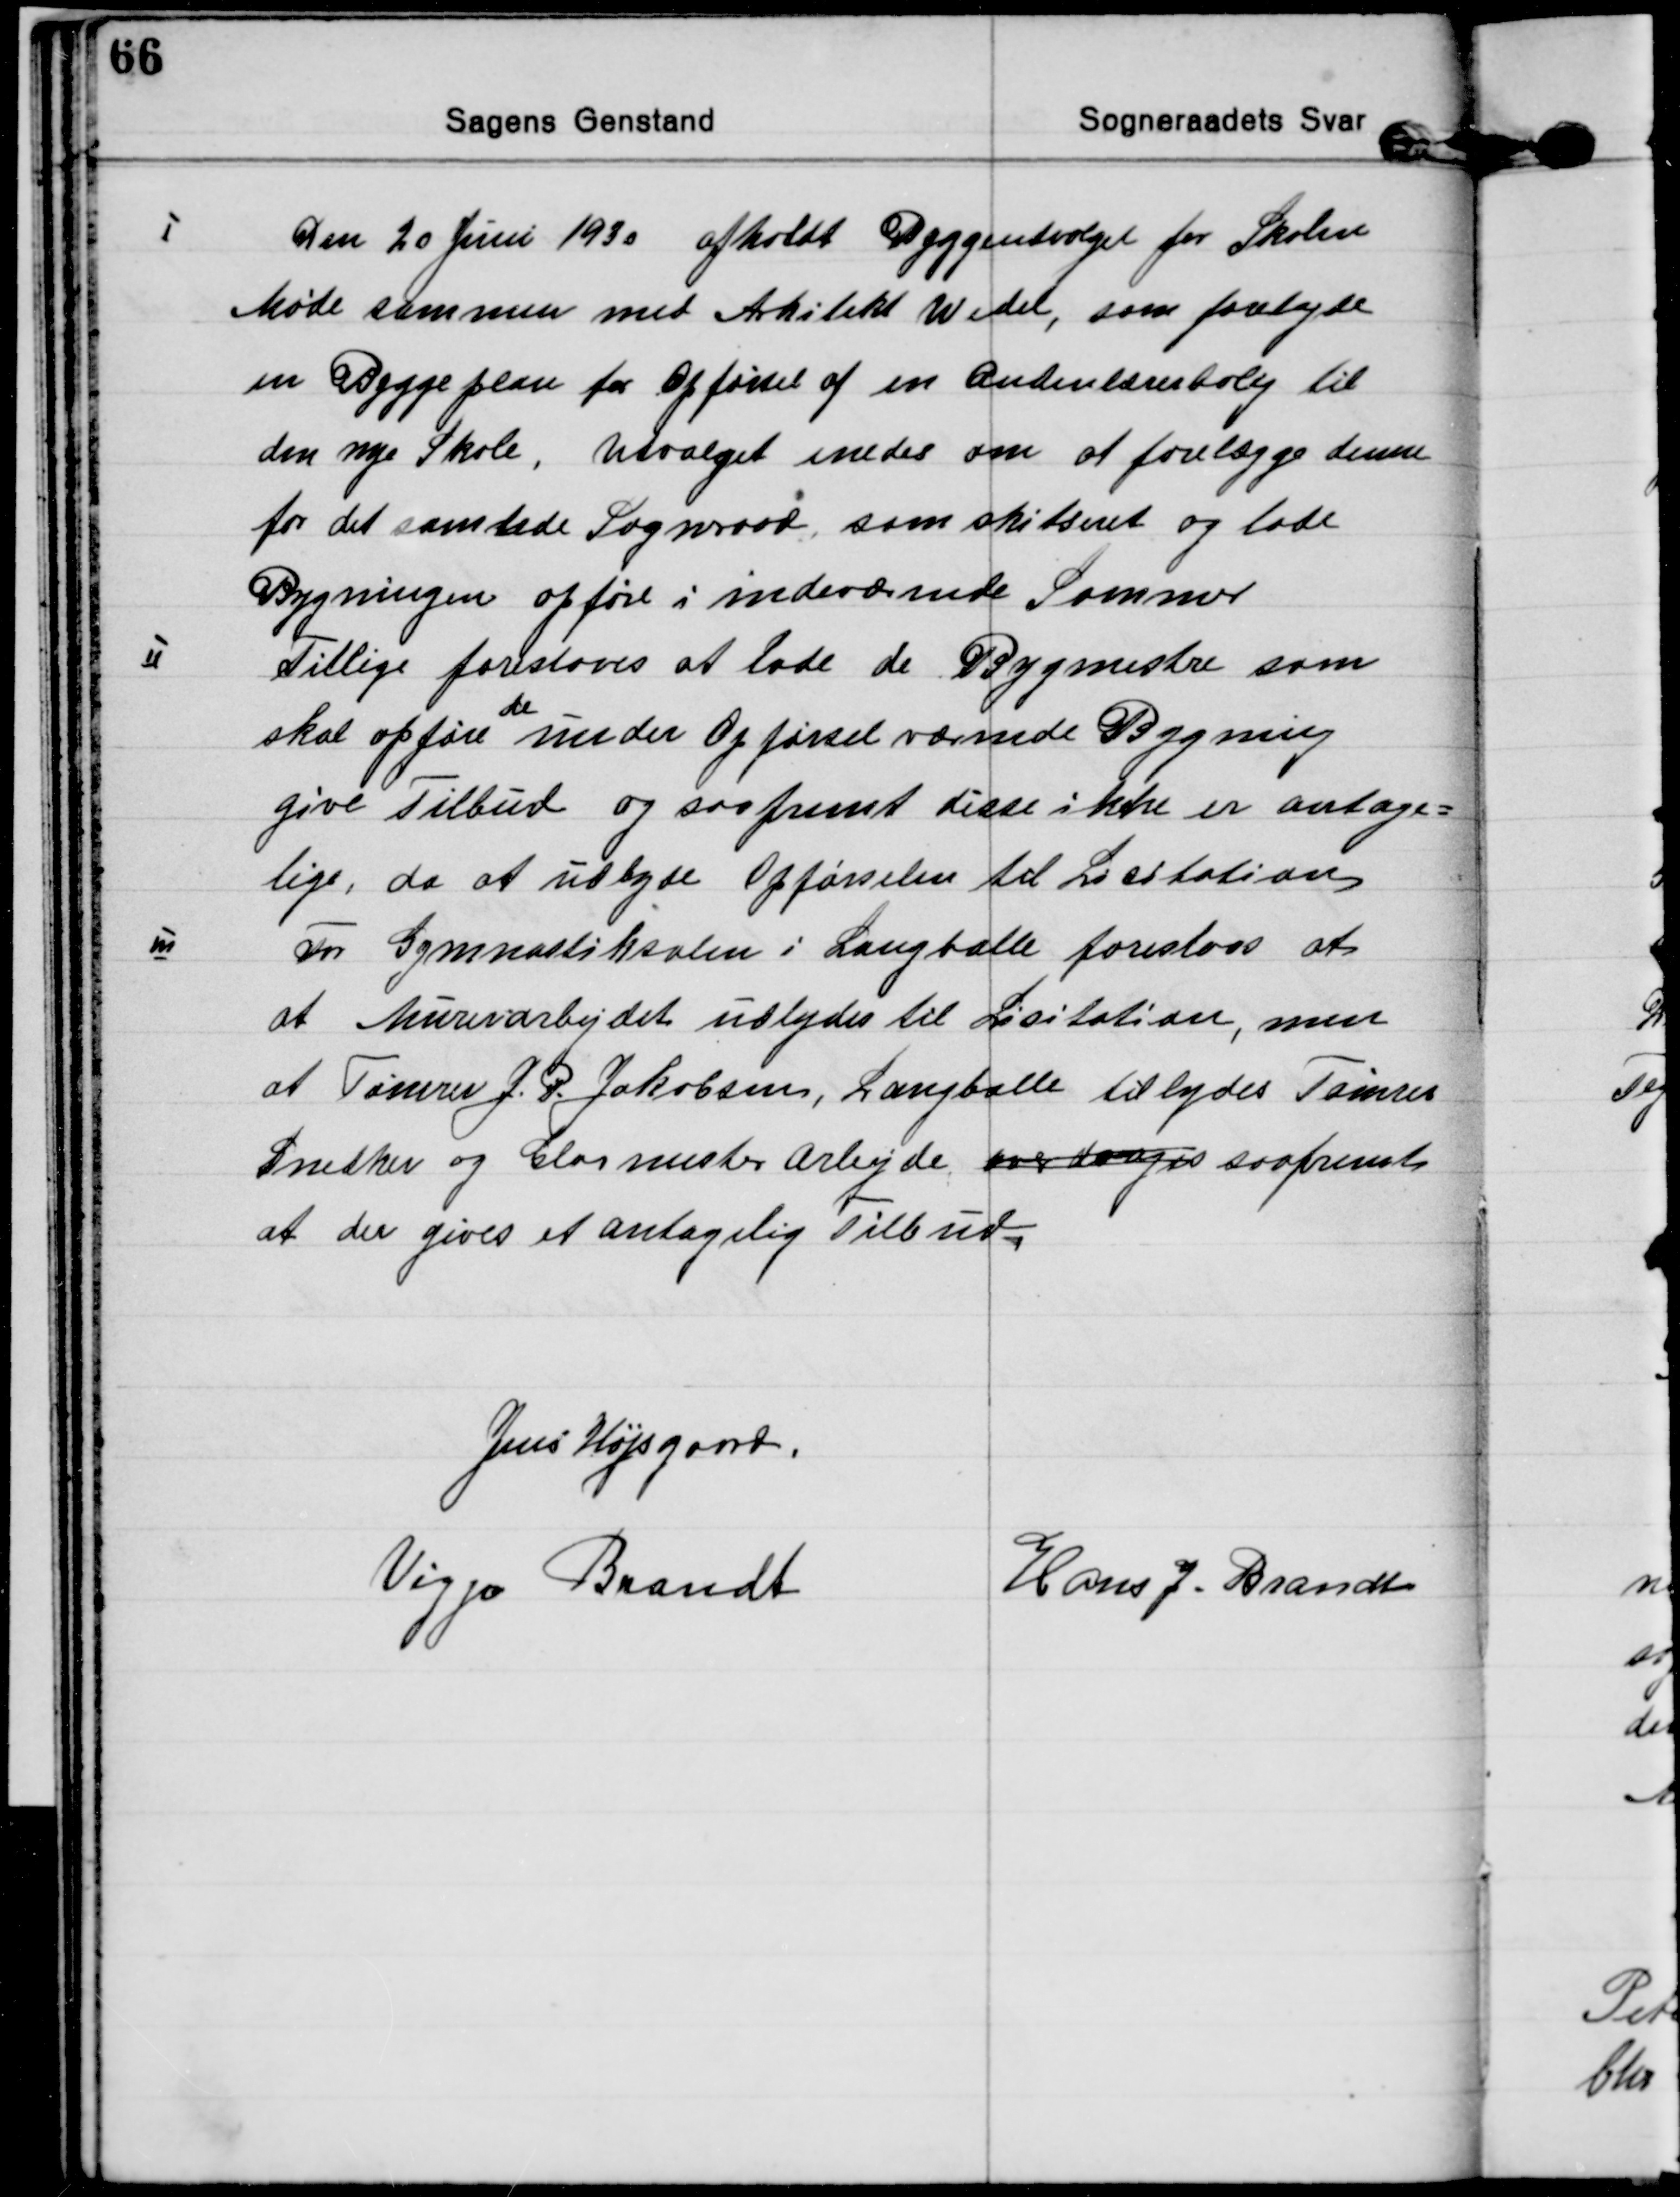
Transskription:
Ⅰ
Den 20 Juni 1930 afholdt Byggeudvalget for Skolen
Møde sammen med Arkitekt Wedel, som forelagde
en Byggeplan for Opførsel af en Andenlærerbolig til
den nye Skole, Udvalget enedes om at forelægge denne
for det samlede Sogneraad, som skitseret og lade
Bygningen opføre i indeværende Sommer

Ⅱ
Tillige foreslaaes at lade de Bygmestre som
skal opføre  
de
under Opførsel værende Bygning
give Tilbud og saafremt disse ikke er antage=
lige, da at udbyde Opførselen til Licitation

Ⅲ
For Gymnastiksalen i Langballe foreslaas at
at Murerarbejdet udbydes til Lisitation, men
at Tømrer J. P. Jakobsen, Langballe tilbydes Tømrer
Snedker og Glarmester Arbejde overdrages saafremt
at der gives et antagelig Tilbud

Jens Højsgaard.

Viggo Brandt

Hans J. Brandt